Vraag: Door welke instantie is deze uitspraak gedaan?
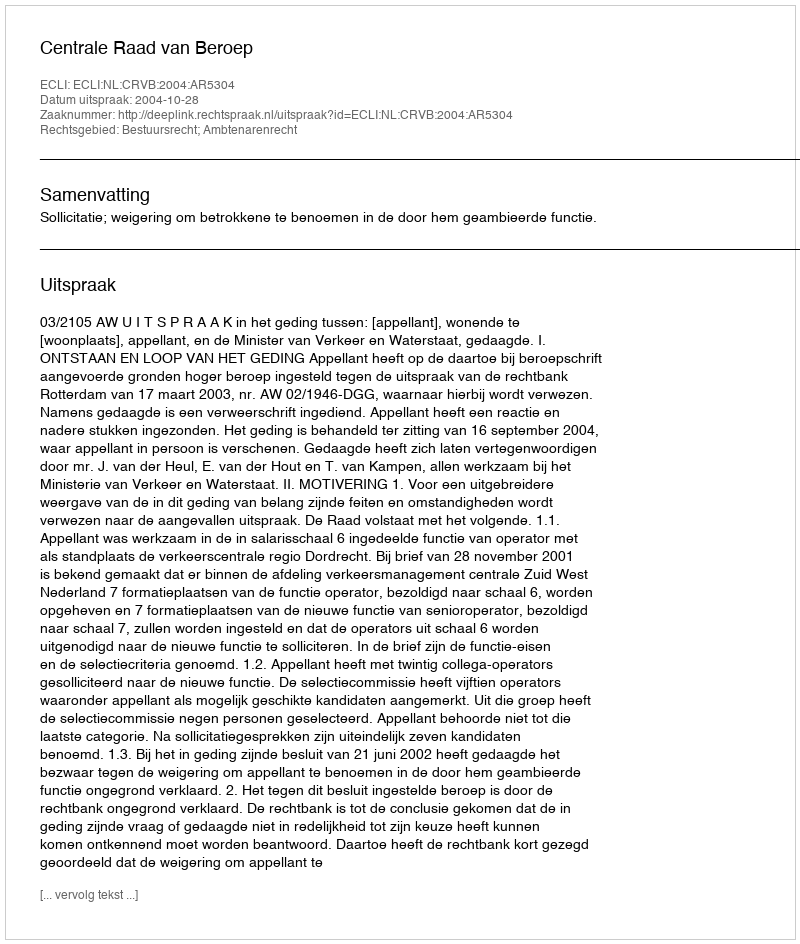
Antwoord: Centrale Raad van Beroep